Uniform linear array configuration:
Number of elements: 16
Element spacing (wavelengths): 0.75
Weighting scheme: kaiser
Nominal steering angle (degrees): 60
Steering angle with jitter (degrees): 61.869
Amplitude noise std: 0.05
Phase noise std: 0.05

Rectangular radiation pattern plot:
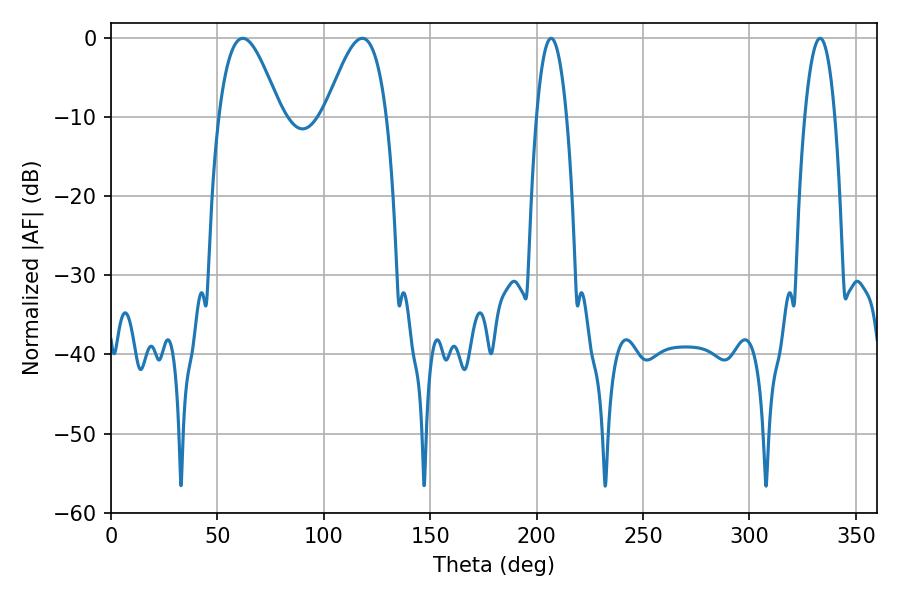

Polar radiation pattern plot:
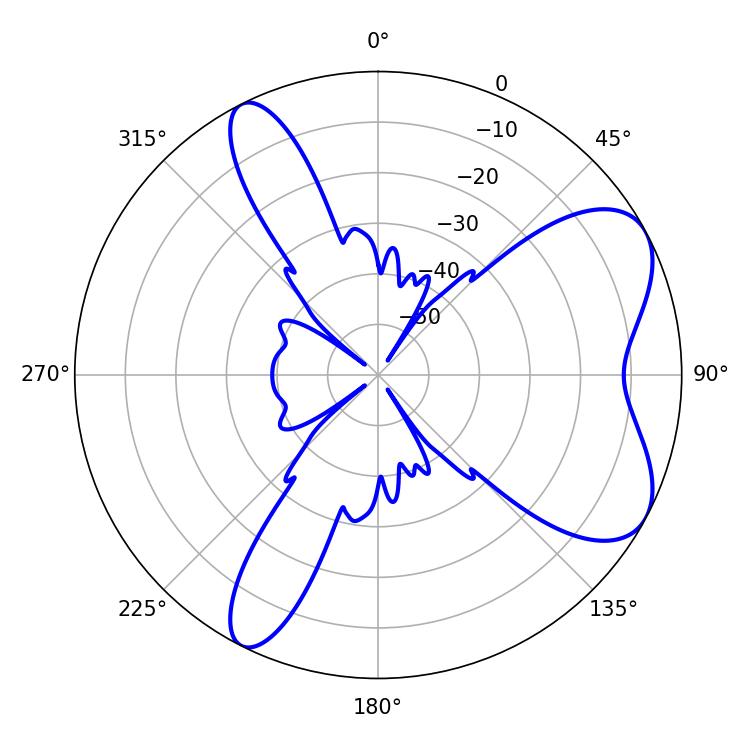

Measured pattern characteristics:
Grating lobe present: TRUE
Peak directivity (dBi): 6.789
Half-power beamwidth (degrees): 15.48
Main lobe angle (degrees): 61.92